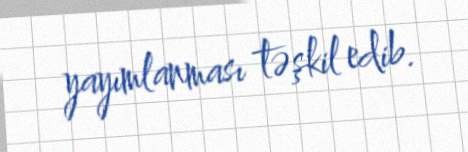
yayımlanması təşkil edib.